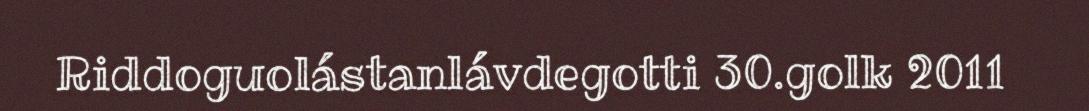
Riddoguolástanlávdegotti 30.golk 2011